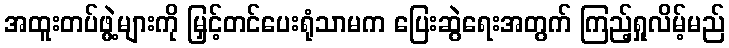
အထူးတပ်ဖွဲ့များကို မြှင့်တင်ပေးရုံသာမက ပြေးဆွဲရေးအတွက် ကြည့်ရှုလိမ့်မည်